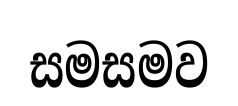
සමසමව